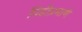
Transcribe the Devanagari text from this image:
पिंडीप्रमाणे